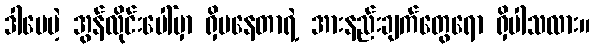
ဒါပေမဲ့ အွန်လိုင်းပေါ်မှာ ရှိမနေတာရဲ့ အားနည်းချက်တွေရော ရှိပါသလား။